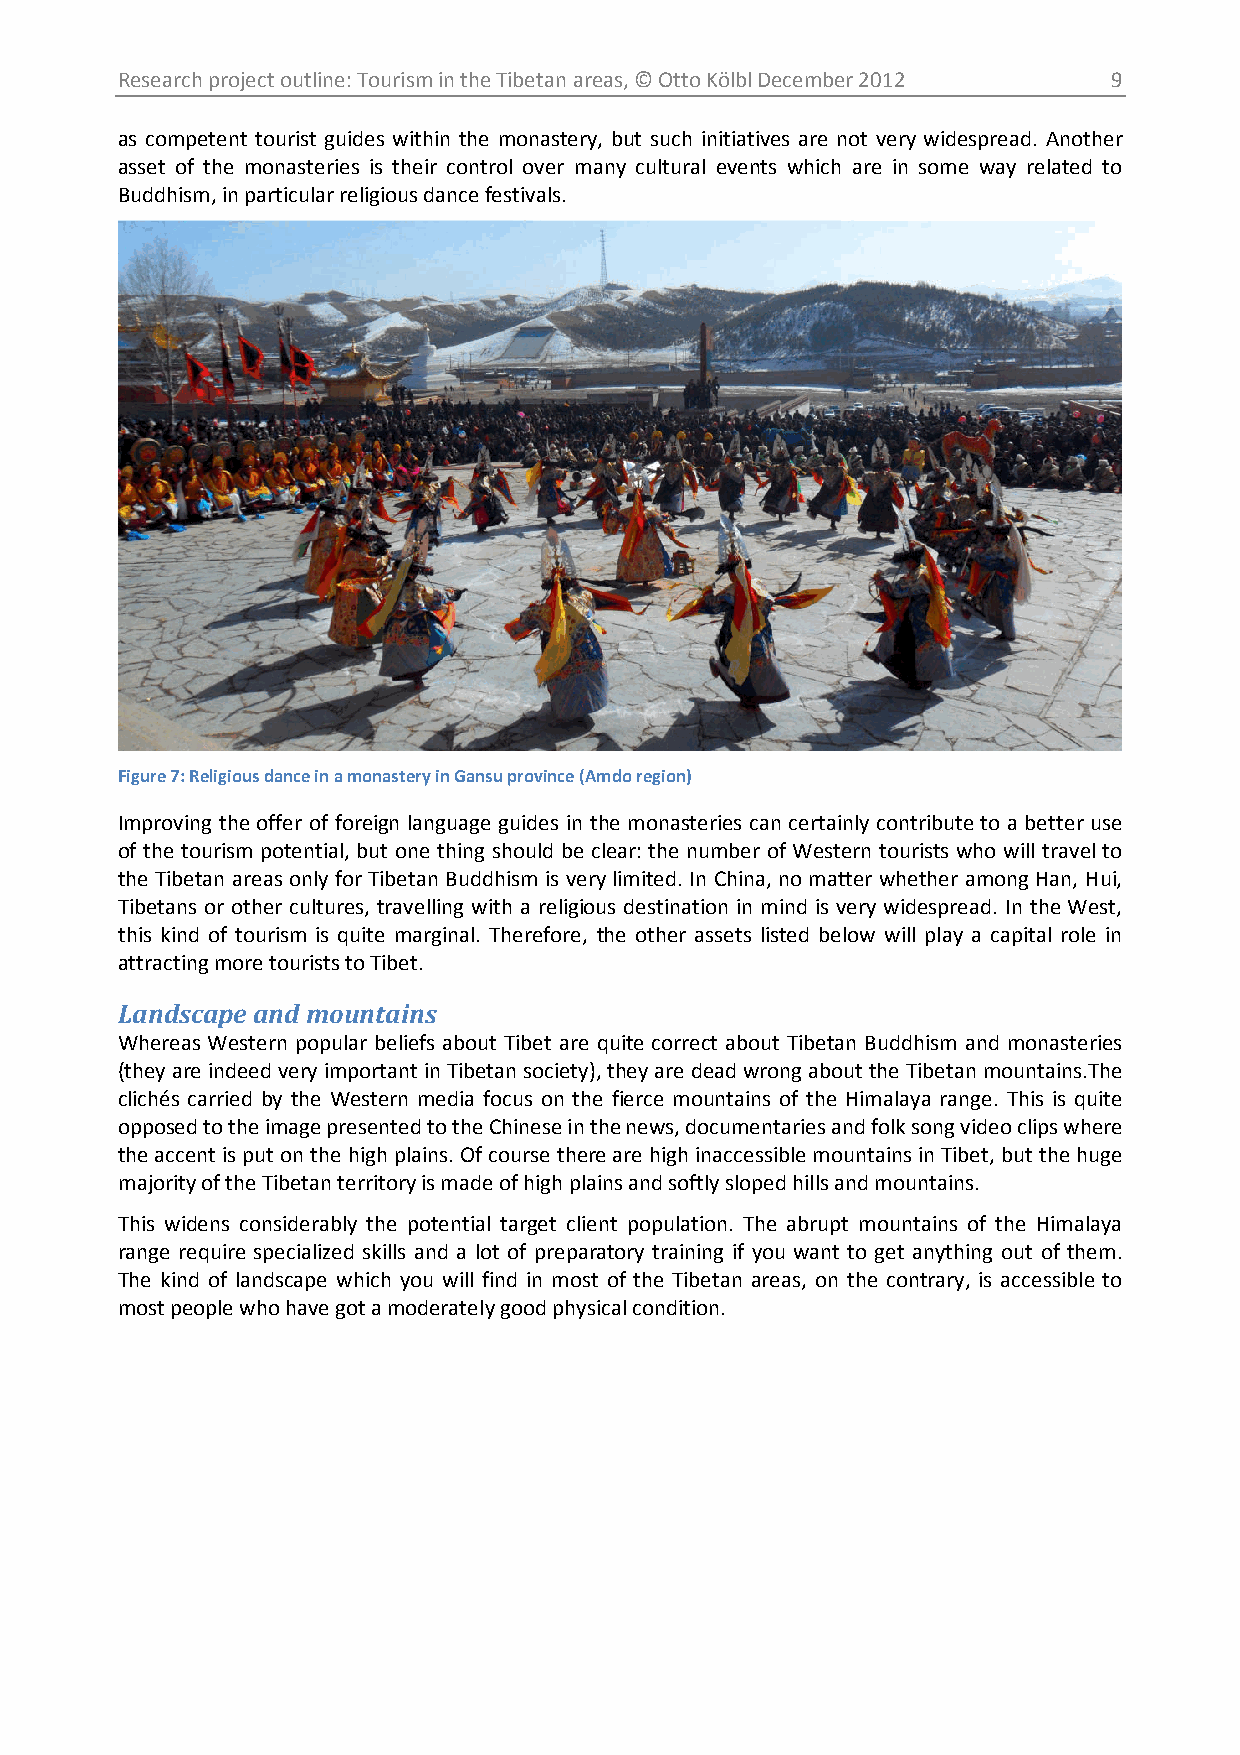
Research project outline: Tourism in the Tibetan areas, © Otto Kölbl December 2012 9
 as competent tourist guides within the monastery, but such initiatives are not very widespread. Another
 asset of the monasteries is their control over many cultural events which are in some way related to
 Buddhism, in particular religious dance festivals.
 Figure 7: Religious dance in a monastery in Gansu province (Amdo region)
 Improving the offer of foreign language guides in the monasteries can certainly contribute to a better use
 of the tourism potential, but one thing should be clear: the number of Western tourists who will travel to
 the Tibetan areas only for Tibetan Buddhism is very limited. In China, no matter whether among Han, Hui,
 Tibetans or other cultures, travelling with a religious destination in mind is very widespread. In the West,
 this kind of tourism is quite marginal. Therefore, the other assets listed below will play a capital role in
 attracting more tourists to Tibet.
 Landscape and mountains
 Whereas Western popular beliefs about Tibet are quite correct about Tibetan Buddhism and monasteries
 (they are indeed very important in Tibetan society), they are dead wrong about the Tibetan mountains.The
 clichés carried by the Western media focus on the fierce mountains of the Himalaya range. This is quite
 opposed to the image presented to the Chinese in the news, documentaries and folk song video clips where
 the accent is put on the high plains. Of course there are high inaccessible mountains in Tibet, but the huge
 majority of the Tibetan territory is made of high plains and softly sloped hills and mountains.
 This widens considerably the potential target client population. The abrupt mountains of the Himalaya
 range require specialized skills and a lot of preparatory training if you want to get anything out of them.
 The kind of landscape which you will find in most of the Tibetan areas, on the contrary, is accessible to
 most people who have got a moderately good physical condition.